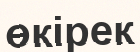
өкірек